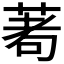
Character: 𦴆